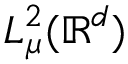
L _ { \mu } ^ { 2 } ( \mathbb R ^ { d } )